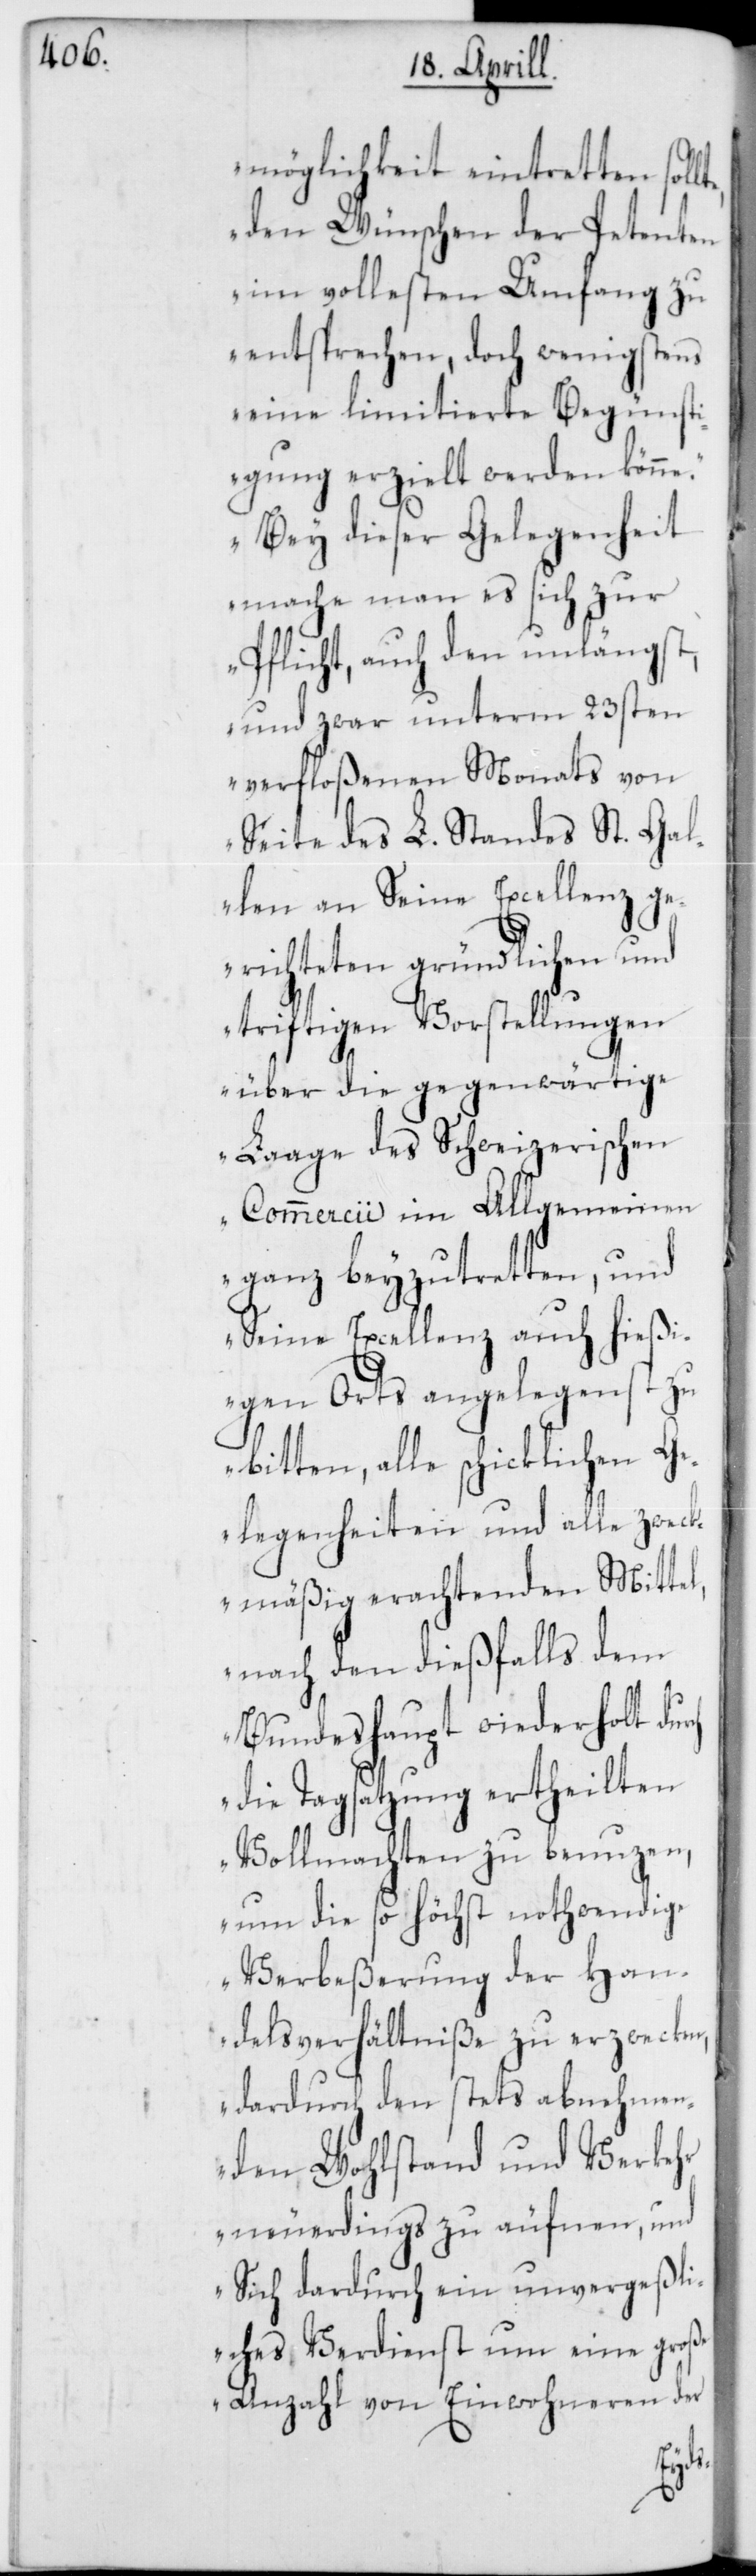
möglichkeit eintretten sol¬
den Wünschen der Petenten
im vollesten Umfang zu
entsprechen, doch wenigstens
eine limitierte Begünst¬
igung erzielt werden könne.
Bey dieser Gelegenheit
mache man es sich zur
Pflicht, auch den unlängst,
und zwar unterm 23sten
verfloßenen Monats von
Seite des L. Standes St. Gal¬
len an Seine Excellenz ge¬
richteten gründlichen und
triftigen Vorstellungen
über die gegenwärtige
Laage des Schweizerischen
Commercii im Allgemeinen
ganz beyzutretten, und
Seine Excellenz auch hießi¬
gen Orts angelegenst zu
bitten, alle schicklichen Ge¬
legenheiten und alle zweck¬
mäßig erachtenden Mittel,
nach den dießfalls dem
Bundeshaupt wiederholt du¬
die Tagsatzung ertheilten
Vollmachten zu benutzen,
um die so höchst nothwendige
Verbeßerung der Han¬
delsverhältniße zu erzwecken,
dardurch den stets abnehmen¬
den Wohlstand und Verkehr
neuerdings zu äufnen, und
sich dardurch ein unvergeßli¬
ches Verdienst um eine große
Anzahl von Einwohneren der
rch